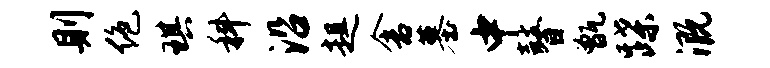
则绝琪科沿趄舍墓中瞽甑蹀溉